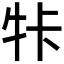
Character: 𤙐